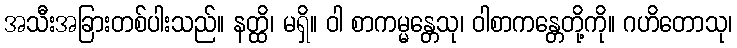
အသီးအခြားတစ်ပါးသည်။ နတ္ထိ၊ မရှိ။ ဝါ စာကမ္မန္တေသု၊ ဝါစာကန္တေတို့ကို။ ဂဟိတောသု၊